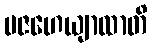
ပဇဟေယျာထာတိ